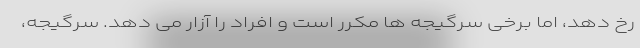
رخ دهد، اما برخی سرگیجه ها مکرر است و افراد را آزار می دهد. سرگیجه،